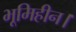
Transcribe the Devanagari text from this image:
भूमिहीन।